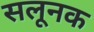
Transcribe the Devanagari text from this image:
सलूनक